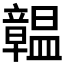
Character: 𥫊